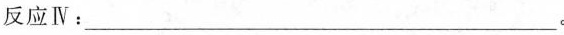
反应Ⅳ：___。